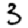
Digit: 3